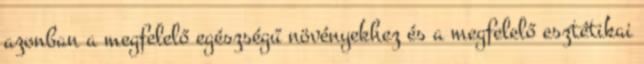
azonban a megfelelő egészségű növényekhez és a megfelelő esztétikai